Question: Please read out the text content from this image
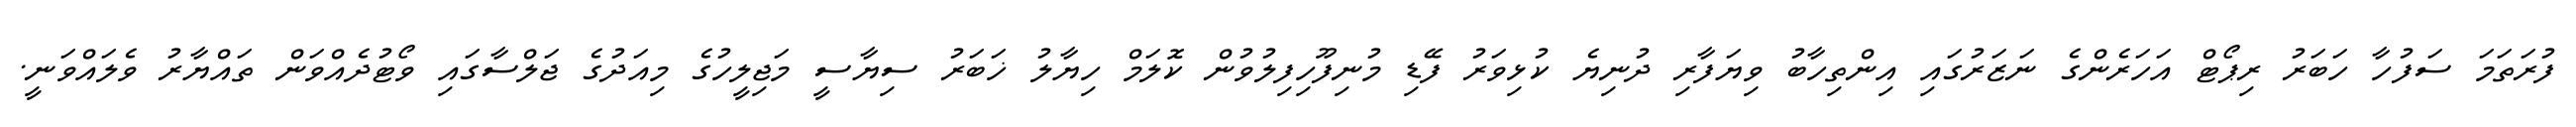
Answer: ފުރަތަމަ ސަފުހާ ހަބަރު ރިޕޯޓް އަހަރެންގެ ނަޒަރުގައި އިންތިހާބު ވިޔަފާރި ދުނިޔެ ކުޅިވަރު ފޭޑި މުނިފޫހިފިލުވުން ކޮލަމް ހިޔާލު ޚަބަރު ސިޔާސީ މަޖިލީހުގެ މިއަދުގެ ޖަލްސާގައި ވޯޓުދެއްވަން ތައްޔާރު ވެލައްވަނީ.